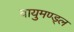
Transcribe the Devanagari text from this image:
वायुमण्ड्ल